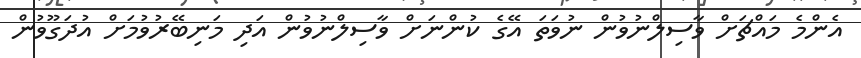
އެންމެ މައްޗަށް ވާސިލްނުވުން ނުވަތަ އޭގެ ކުންނަށް ވާސިލްނުވުން އަދި މަނިބޭރުވުމަށް އުދަގޫވުން